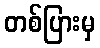
တစ်ပြားမှ